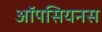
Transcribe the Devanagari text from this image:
ऑपसियनस